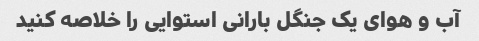
آب و هوای یک جنگل بارانی استوایی را خلاصه کنید